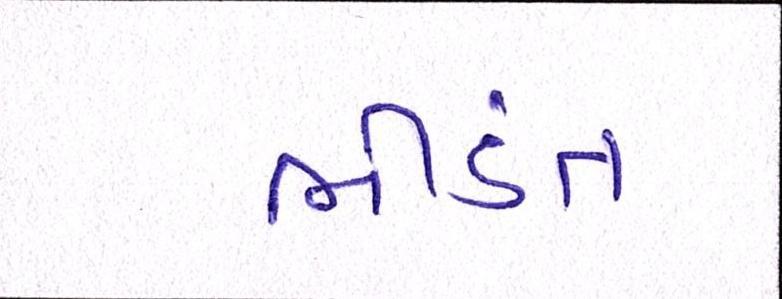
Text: ભીડંત